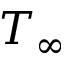
T _ { \infty }